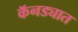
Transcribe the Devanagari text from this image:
कॅनड्यात